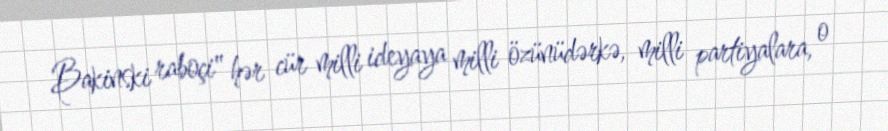
Bakinski raboçi" hər cür milli ideyaya milli özünüdərkə, milli partiyalara, o